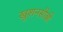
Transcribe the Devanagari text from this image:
खुशनसीबी